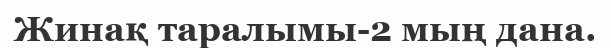
Жинақ таралымы-2 мың дана.